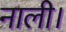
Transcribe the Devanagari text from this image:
नाली।